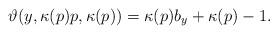
LaTeX: \begin{align*}\vartheta(y,\kappa(p)p,\kappa(p)) = \kappa(p) b_y +\kappa(p) -1.\end{align*}